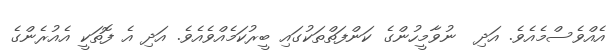
އެއްވެސްމެއެވެ. އަދި  ނުވާމީހުންގެ ކަންފަތްތަކުގައި ބީރުކަމެއްވެއެވެ. އަދި އެ ފޮތަކީ އެއުރެންގެ